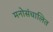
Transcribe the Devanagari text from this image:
मनोसंचालित